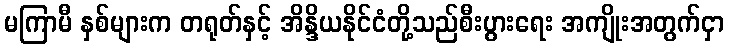
မကြာမီ နှစ်များက တရုတ်နှင့် အိန္ဒိယနိုင်ငံတို့သည်စီးပွားရေး အကျိုးအတွက်ငှာ